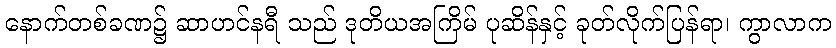
နောက်တစ်ခဏ၌ ဆာဟင်နရီ သည် ဒုတိယအကြိမ် ပုဆိန်နှင့် ခုတ်လိုက်ပြန်ရာ၊ ကွာလာက